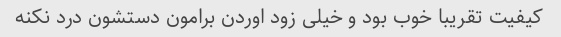
کیفیت تقریبا خوب بود و خیلی زود اوردن برامون دستشون درد نکنه